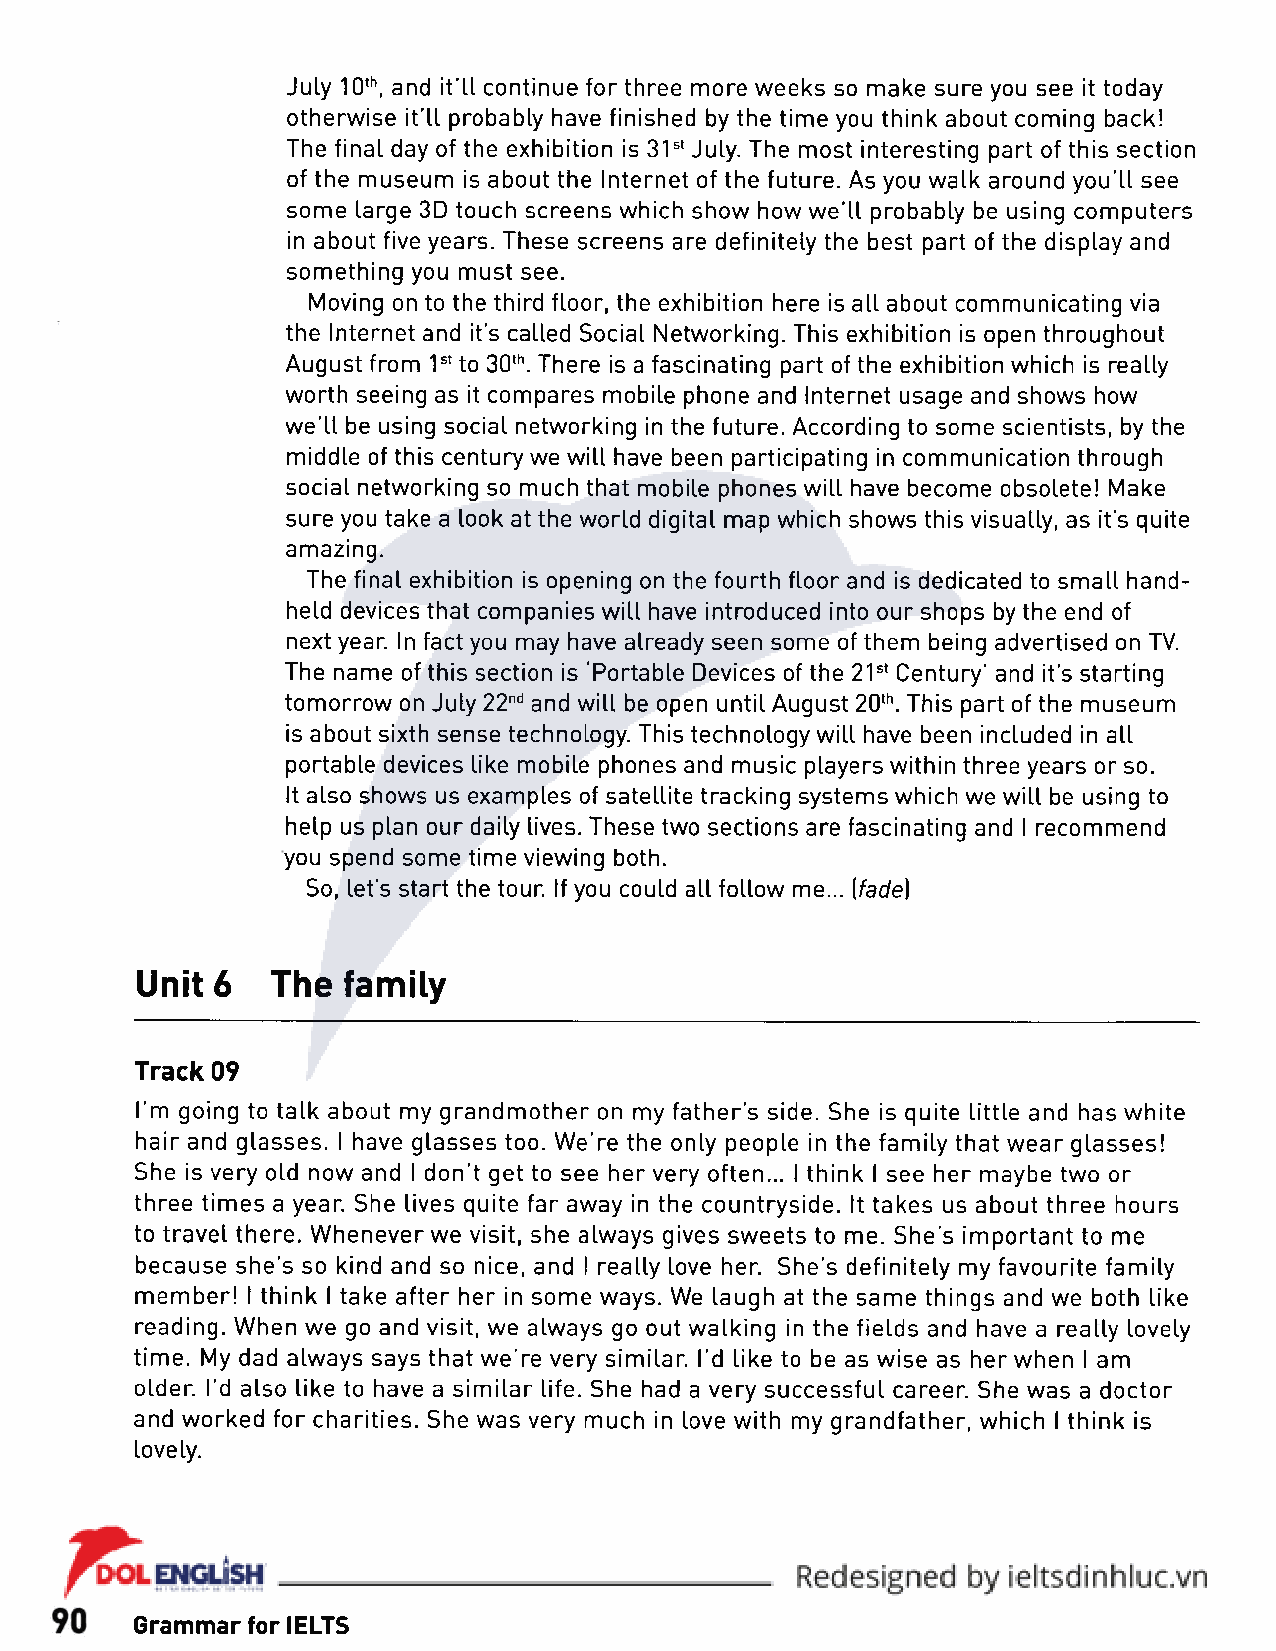
July 10th, and it'll continue for three more weeks so make sure you see it today
 otherwise it’ll probably have finished by the time you think about coming back!
 The final day of the exhibition is 31st July. The most interesting part of this section
 of the museum is about the Internet of the future. As you walk around you’ll see
 some large 3D touch screens which show how we'll probably be using computers
 in about five years. These screens are definitely the best part of the display and
 something you must see.
 Moving on to the third floor, the exhibition here is all about communicating via
 the Internet and it's called Social Networking. This exhibition is open throughout
 August from 1st to 30th. There is a fascinating part of the exhibition which is really
 worth seeing as it compares mobile phone and Internet usage and shows how
 we'll be using social networking in the future. According to some scientists, by the
 middle of this century we will have been participating in communication through
 social networking so much that mobile phones will have become obsolete! Make
 sure you take a look at the world digital map which shows this visually, as it's quite
 amazing.
 The final exhibition is opening on the fourth floor and is dedicated to small hand­
 held devices that companies will have introduced into our shops by the end of
 next year. In fact you may have already seen some of them being advertised on TV.
 The name of this section is 'Portable Devices of the 21st Century' and it’s starting
 tomorrow on July 22nd and will be open until August 20th. This part of the museum
 is about sixth sense technology. This technology will have been included in all
 portable devices like mobile phones and music players within three years or so.
 It also shows us examples of satellite tracking systems which we will be using to
 help us plan our daily lives. These two sections are fascinating and I recommend
 you spend some time viewing both.
 So, let's start the tour. If you could all follow me... [fade]
 Unit 6   The  family
 Track 09
 I’m going to talk about my grandmother on my father’s side. She is quite little and has white
 hair and glasses. I have glasses too. We’re the only people in the family that wear glasses!
 She is very old now and I don’t get to see her very often... I think I see her maybe two or
 three times a year. She lives quite far away in the countryside. It takes us about three hours
 to travel there. Whenever we visit, she always gives sweets to me. She's important to me
 because she’s so kind and so nice, and I really love her. She's definitely my favourite family
 member! I think I take after her in some ways. We laugh at the same things and we both like
 reading. When we go and visit, we always go out walking in the fields and have a really lovely
 time. My dad always says that we're very similar. I’d like to be as wise as her when I am
 older. I’d also like to have a similar life. She had a very successful career. She was a doctor
 and worked for charities. She was very much in love with my grandfather, which I think is
 lovely.
 Grammar for IELTS